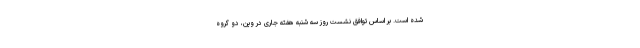
شده است. بر اساس توافق نشست روز سه شنبه هفته جاری در وین، دو گروه